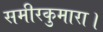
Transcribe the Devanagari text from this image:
समीरकुमारा।